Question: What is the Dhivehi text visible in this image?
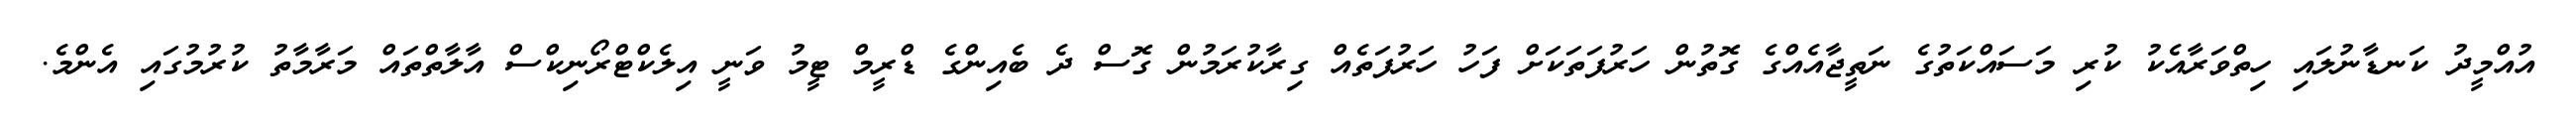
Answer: އުއްމީދު ކަނޑާނުލައި ހިތްވަރާއެކު ކުރި މަސައްކަތުގެ ނަތީޖާއެއްގެ ގޮތުން ހަރުފަތަކަށް ފަހު ހަރުފަތެއް ގިރާކުރަމުން ގޮސް ދެ ބެއިންގެ ޑްރީމް ޓީމު ވަނީ އިލެކްޓްރޯނިކްސް އާލާތްތައް މަރާމާތު ކުރުމުގައި އެންމެ.